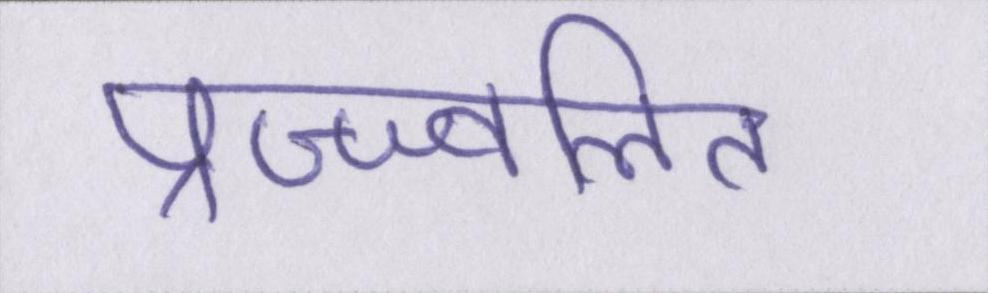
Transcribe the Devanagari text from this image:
प्रज्ज्वलित